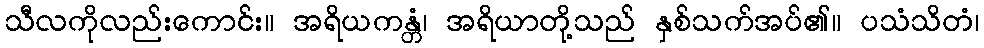
သီလကိုလည်းကောင်း။ အရိယကန္တံ၊ အရိယာတို့သည် နှစ်သက်အပ်၏။ ပသံသိတံ၊